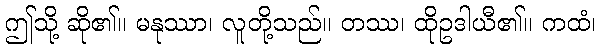
ဤသို့ ဆို၏။ မနုဿာ၊ လူတို့သည်။ တဿ၊ ထိုဥဒါယီ၏။ ကထံ၊